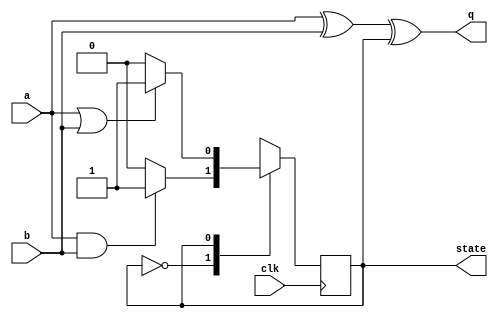
module top_module (
    input clk,
    input a,
    input b,
    output q,
    output state  );
    always @ (posedge clk) begin
        case(state)
            0 : if(a&b)   state = 1;
            1 : if(~(a|b))state = 0;
        endcase
    end
	assign q = a^b^state;
endmodule